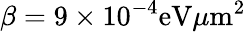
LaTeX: \beta=9\times 10^{-4}\mathrm{eV}\mu\mathrm{m}^{2}